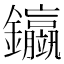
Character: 𨰊